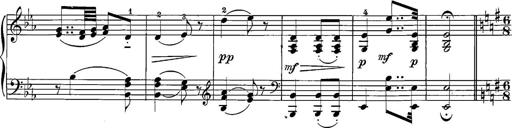
Title: 12 Sonatine per Pianoforte
Composer: Friedrich Kuhlau